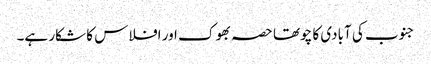
جنوب کی آبادی کا چوتھا حصہ بھوک اور افلاس کا شکار ہے۔